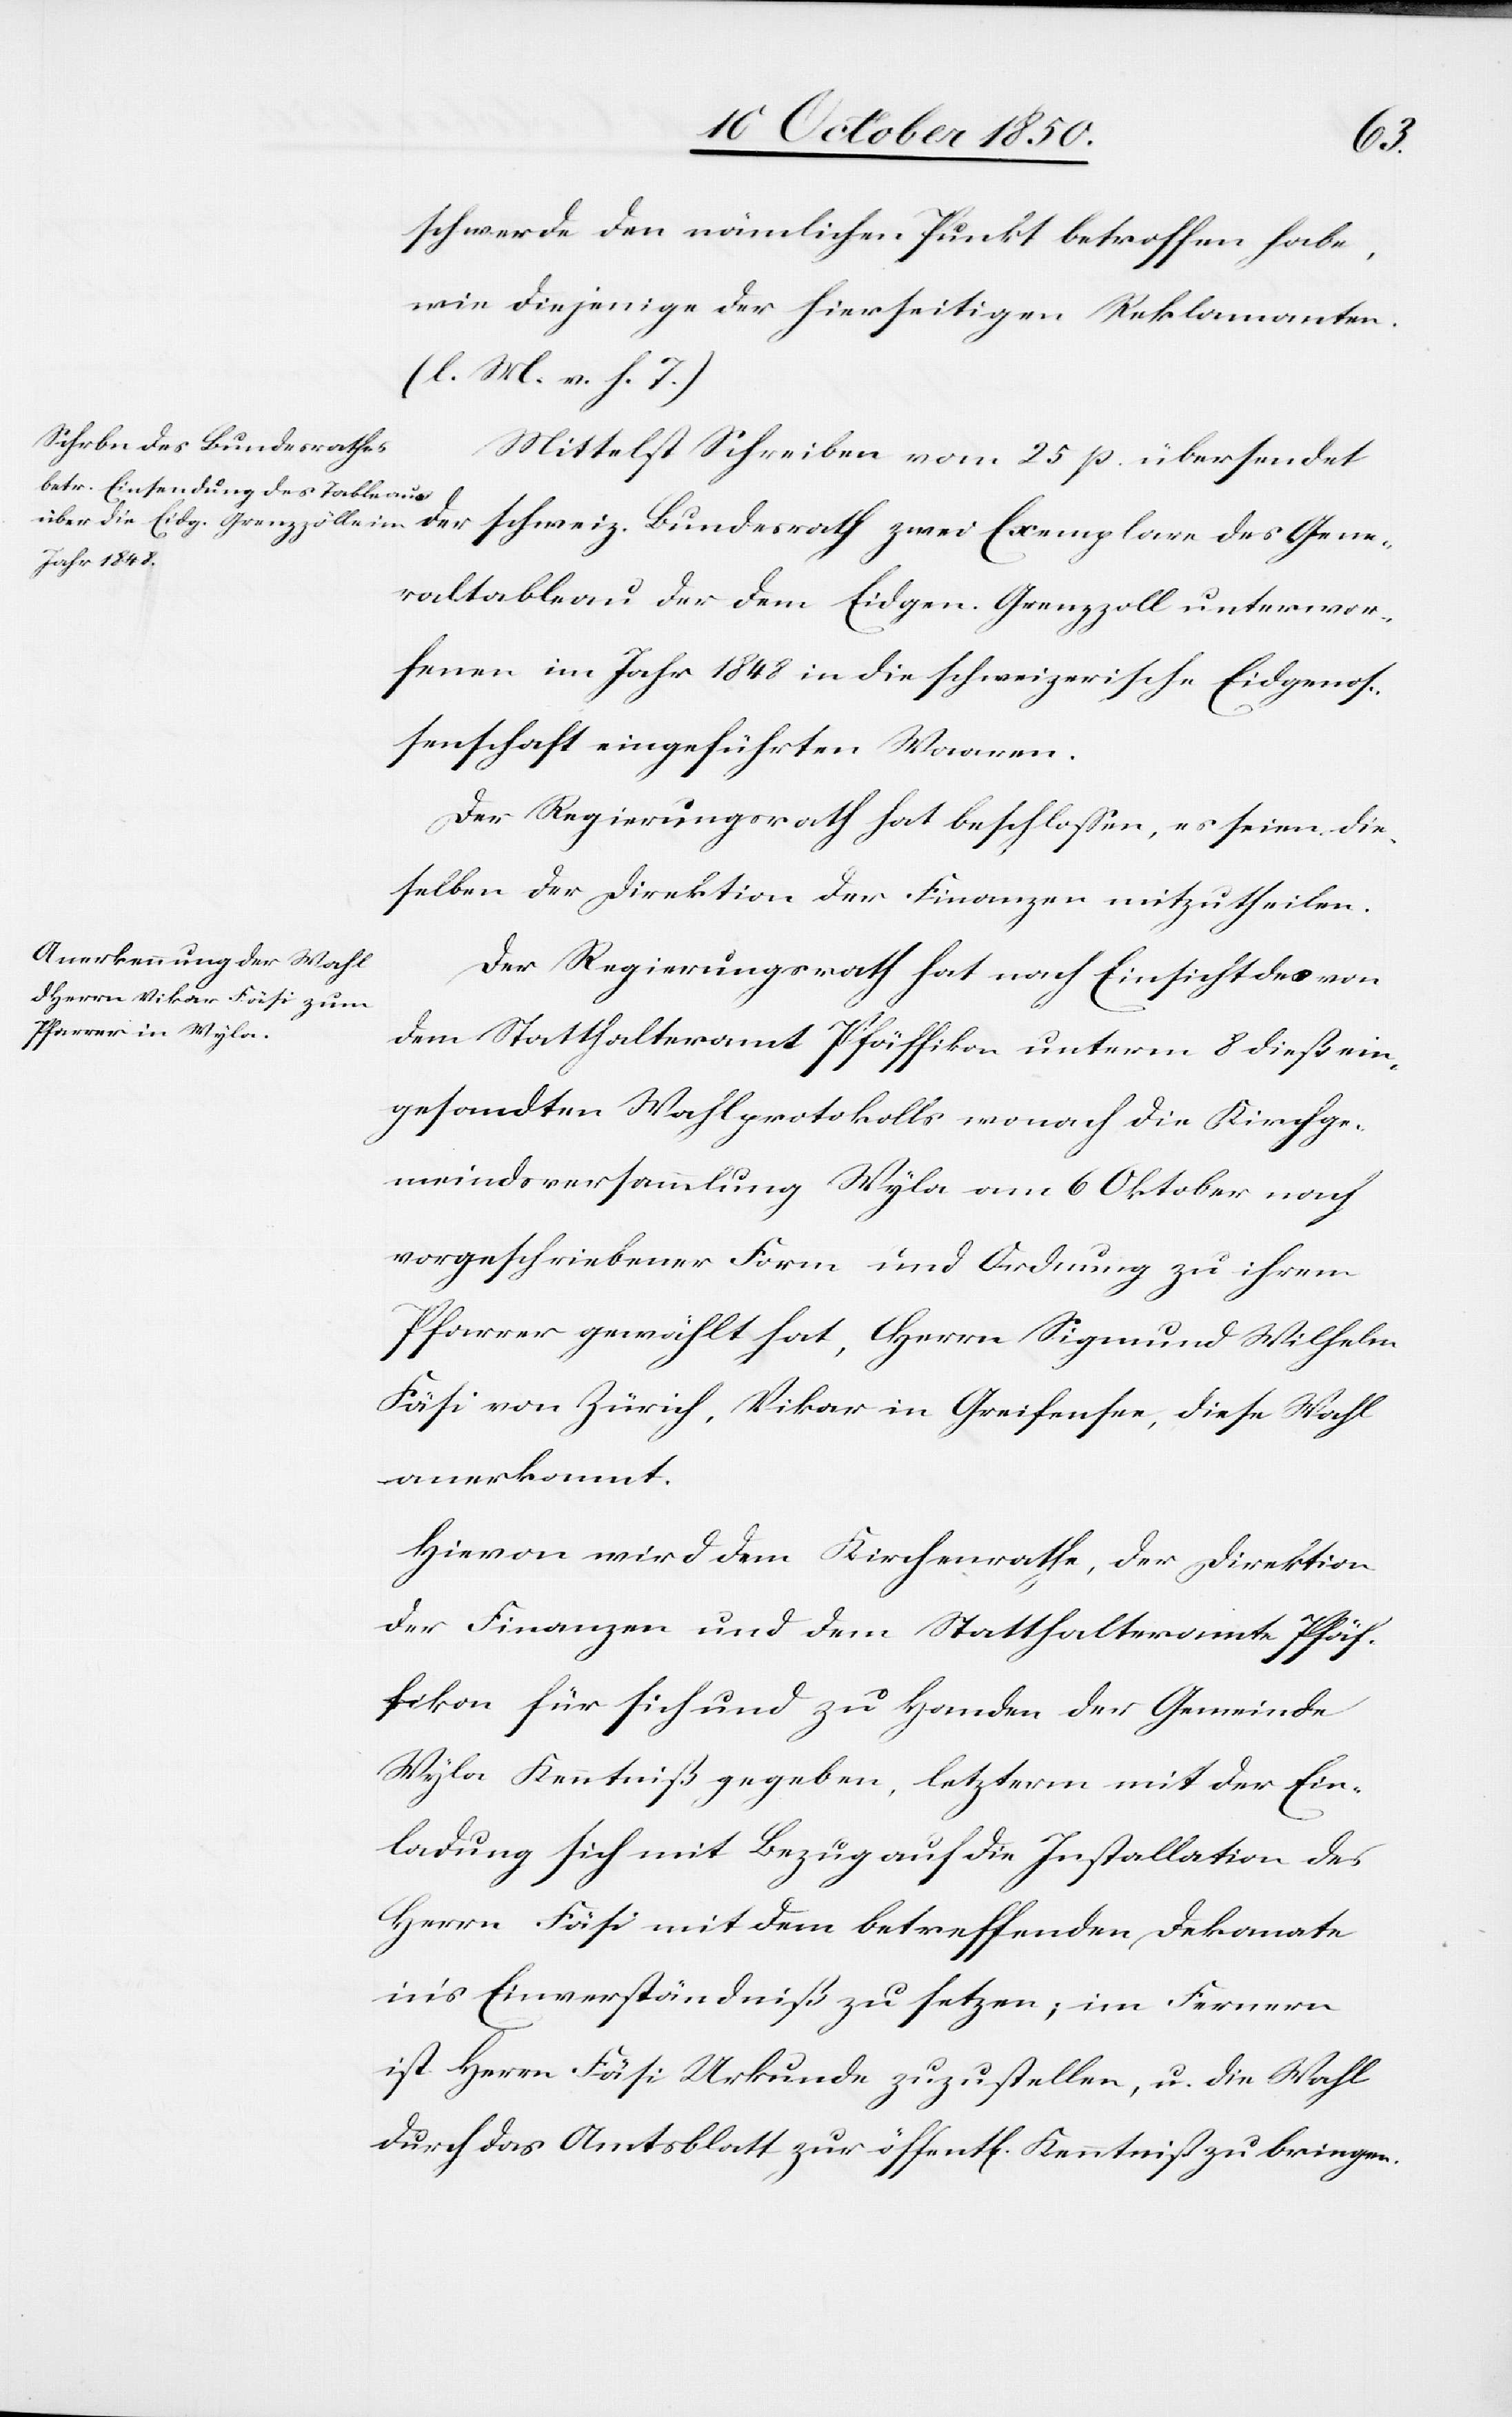
Gene¬
schwerde den nämlichen Punkt betroffen habe,
wie diejenige der hierseitigen Reklamanten.
(l. M. v. h. T.)
Mittelst Schreiben vom 25 p. übersendet
raltableau der dem Eidgen. Grenzzoll unterwor¬
fenen im Jahr 1848 in die schweizerische Eidgenos¬
senschaft eingeführten Waaren.
Der Regierungsrath hat beschlossen, es seien die¬
selben der Direktion der Finanzen mitzutheilen.
Der Regierungsrath hat nach Einsicht des von
dem Statthalteramt Pfäffikon unterm 8 dieß ein¬
gesandten Wahlprotokolls wonach die Kirchge¬
meindsversammlung Wyla am 6 Oktober nach
vorgeschriebener Form und Ordnung zu ihrem
Pfarrer gewählt hat, Herrn Sigmund Wilhelm
Fäsi von Zürich, Vikar in Greifensee, diese Wahl
anerkannt.
Hievon wird dem Kirchenrathe, der Direktion
der Finanzen und dem Statthalteramt Pfäf¬
fikon für sich und zu Handen der Gemeinde
Wyla Kenntniß gegeben, letzterm mit der Ein¬
ladung sich mit Bezug auf die Installation des
Herrn Fäsi mit dem betreffenden Dekanate
in’s Einverständniß zu setzen; im Fernern
ist Herrn Fäsi Urkunde zuzustellen, u. die Wahl
durch das Amtsblatt zur öffent[lichen] Kenntniss zu bringen.